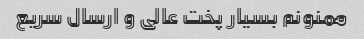
ممنونم بسیار پخت عالی و ارسال سریع